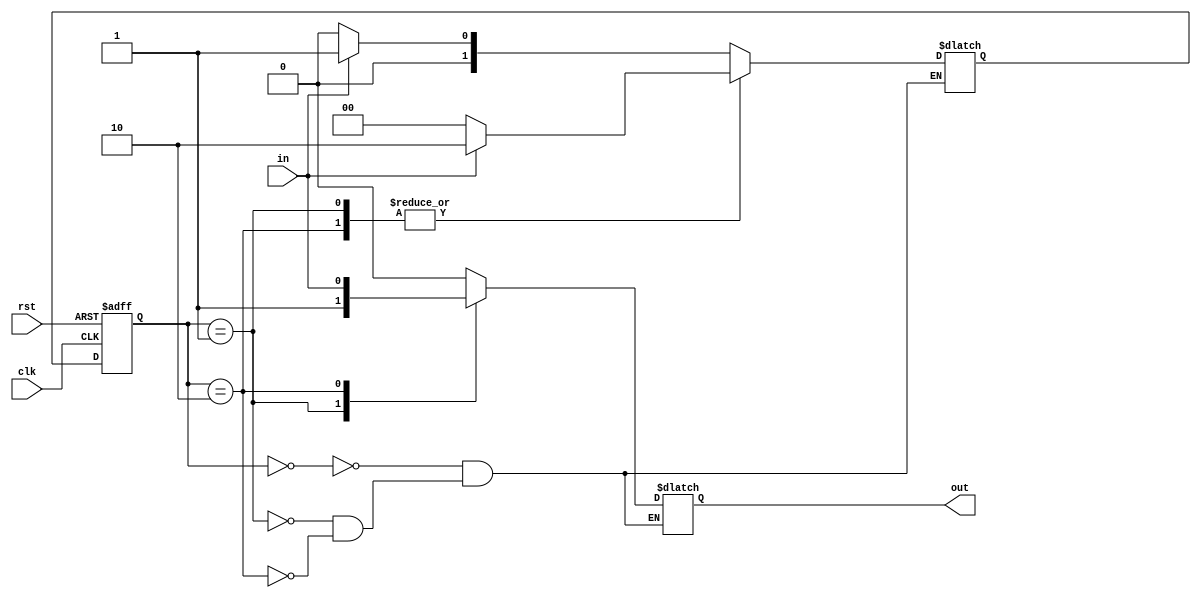
module fsm (
    input wire clk,
    input wire rst,
    input wire in,
    output reg out
);

// State definitions
parameter S0 = 2'b00;
parameter S1 = 2'b01;
parameter S2 = 2'b10;

// State register
reg [1:0] state, next_state;

// Output signals
always @(*) begin
    case(state)
        S0: out = 1'b0;
        S1: out = 1'b1;
        S2: out = in;
    endcase
end

// Next state logic
always @(*) begin
    case(state)
        S0: next_state = in ? S1 : S0;
        S1: next_state = in ? S2 : S0;
        S2: next_state = in ? S2 : S0;
    endcase
end

// State transition
always @(posedge clk or posedge rst) begin
    if (rst)
        state <= S0;
    else
        state <= next_state;
end

endmodule